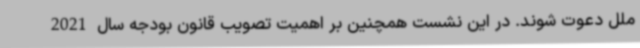
ملل دعوت شوند. در این نشست همچنین بر اهمیت تصویب قانون بودجه سال 2021